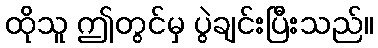
ထိုသူ ဤတွင်မှ ပွဲချင်းပြီးသည်။